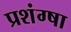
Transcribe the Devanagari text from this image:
प्रशंग्षा